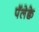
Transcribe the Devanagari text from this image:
पॅलेक्वे